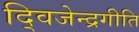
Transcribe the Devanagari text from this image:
द्विजेन्द्रगीति